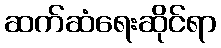
ဆက်ဆံရေးဆိုင်ရာ